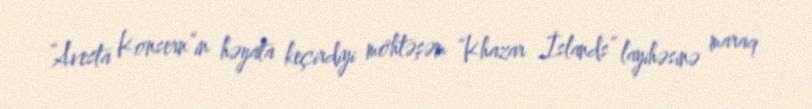
“Avesta Konsern”in həyata keçirdiyi möhtəşəm “Khazar İslands” layihəsinə maraq